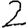
Digit: 2